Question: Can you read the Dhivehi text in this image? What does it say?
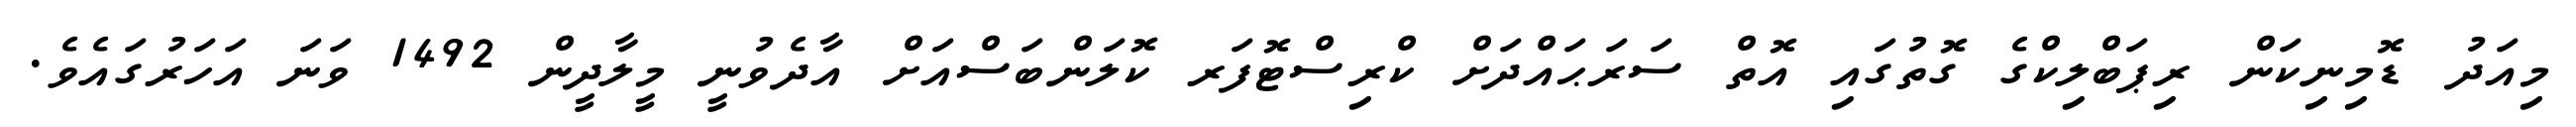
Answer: މިއަދު ޑޮމިނިކަން ރިޕަބްލިކްގެ ގޮތުގައި އޮތް ސަރަޙައްދަށް ކްރިސްޓޮފަރ ކޮލަންބަސްއަށް އާދެވުނީ މީލާދީން 1492 ވަނަ އަހަރުގައެވެ.